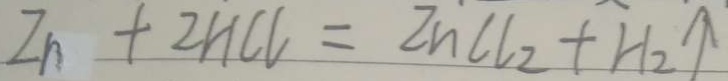
Z n + 2 H C l = Z n C l _ { 2 } + H _ { 2 } \uparrow